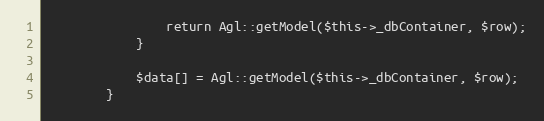
Language: PHP
                return Agl::getModel($this->_dbContainer, $row);
            }

            $data[] = Agl::getModel($this->_dbContainer, $row);
        }